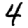
Digit: 4